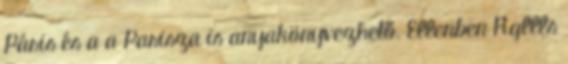
Páris és a a Parisza is anyakönyvezhető. Ellenben Rgllls